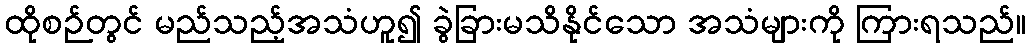
ထိုစဉ်တွင် မည်သည့်အသံဟူ၍ ခွဲခြားမသိနိုင်သော အသံများကို ကြားရသည်။